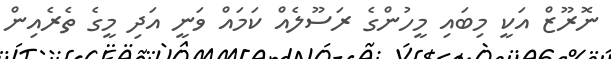
ނޮރޫޒް އަކީ މިބައި މީހުންގެ ރަސޫލެއް ކަމައް ވަނީ އަދި މީގެ ތެރެއިން